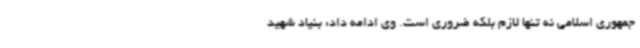
جمهوری اسلامی نه تنها لازم بلکه ضروری است. وی ادامه داد: بنیاد شهید